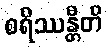
စရိဿန္တီတိ